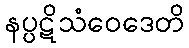
နပ္ပဋိသံဝေဒေတိ